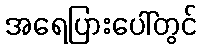
အရေပြားပေါ်တွင်